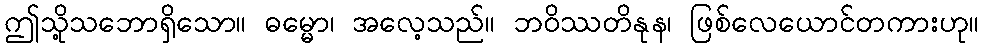
ဤသို့သဘောရှိသော။ ဓမ္မော၊ အလေ့သည်။ ဘဝိဿတိနုန၊ ဖြစ်လေယောင်တကားဟု။